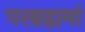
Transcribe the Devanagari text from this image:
परब्रह्ममां